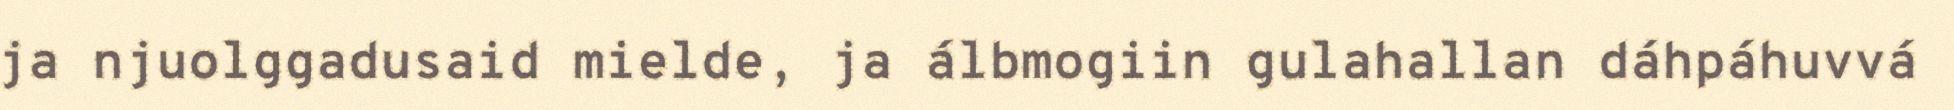
ja njuolggadusaid mielde, ja álbmogiin gulahallan dáhpáhuvvá